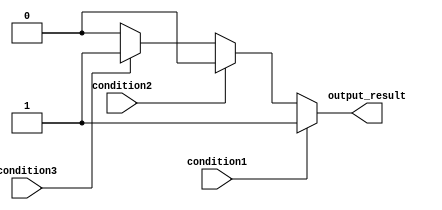
module if_else_ladder(
    input wire condition1,
    input wire condition2,
    input wire condition3,
    output reg output_result
);

always @(*)
begin
    if(condition1)
    begin
        //Execute block of code if condition1 is true
        output_result = 1;
    end
    else if(condition2)
    begin
        //Execute block of code if condition2 is true
        output_result = 2;
    end
    else if(condition3)
    begin
        //Execute block of code if condition3 is true
        output_result = 3;
    end
    else
    begin
        //Default case
        output_result = 0;
    end
end

endmodule